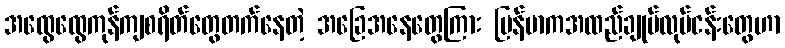
အထွေထွေကုန်ကျစရိတ်တွေတက်နေတဲ့ အခြေအနေတွေကြား မြန်မာကအထည်ချုပ်လုပ်ငန်းတွေဟာ